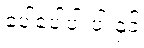
ပေါ့ပေါ့ပါးပါးနှင့်